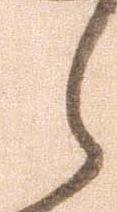
ら